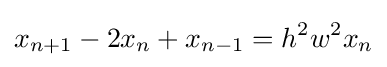
x_{n+1}-2x_{n}+x_{n-1}=h^{2}w^{2}x_{n}